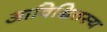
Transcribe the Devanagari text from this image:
आविक्षितस्य